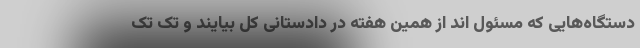
دستگاه‌هایی که مسئول اند از همین هفته در دادستانی کل بیایند و تک تک